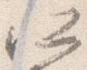
所